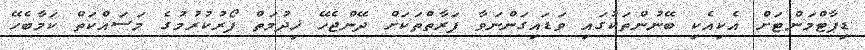
ޑިޕާޓްމަންޓަށް އެކިއެކި ބޭނުންތަކުގައި ވަޑައިގަންނަވާ ފަރާތްތަކަށް ދޭންޖެހޭ ޚިދުމަތް ފޯރުކުރުމުގެ މަސައްކަތް ކަމާބެހޭ